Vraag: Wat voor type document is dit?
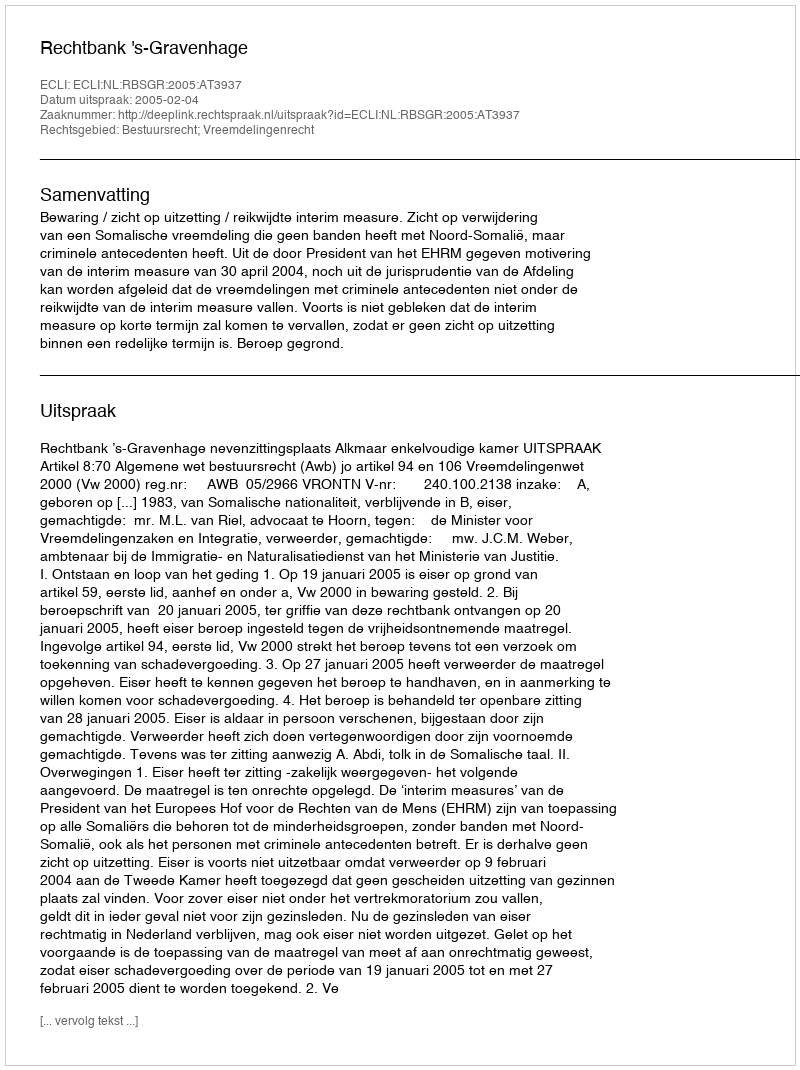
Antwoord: Uitspraak